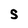
Character: s